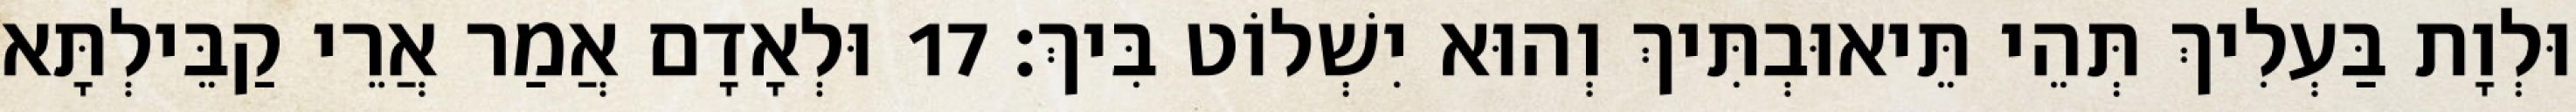
וּלְוָת בַּעְלִיךְ תְּהֵי תֵּיאוּבְתִּיךְ וְהוּא יִשְׁלוֹט בִּיךְ׃ 17 וּלְאָדָם אֲמַר אֲרֵי קַבֵּילְתָּא